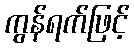
ကွန်ရက်ဖြင့်